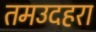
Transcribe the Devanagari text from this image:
तमउदहरा